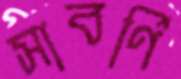
সাবর্ণি